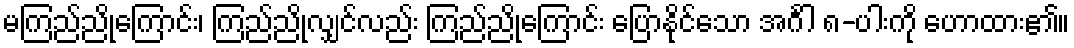
မကြည်ညိုကြောင်း၊ ကြည်ညိုလျှင်လည်း ကြည်ညိုကြောင်း ပြောနိုင်သော အင်္ဂါ ၈-ပါးကို ဟောထား၏။